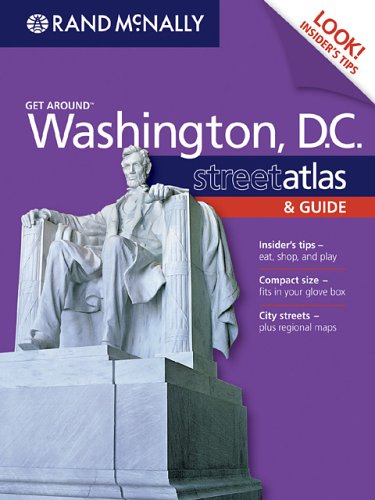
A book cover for Rand McNally Get Around Washington, DC Street Atlas & Guide (Get Around (Rand McNally)); Rand McNally; Travel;